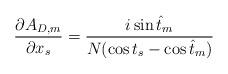
LaTeX: \begin{align*}{\partial A_{D,m}\over\partial x_{s}} = {i\sin\hat t_{m}\over N(\cos t_{s} -\cos\hat t_{m})}\end{align*}